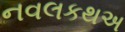
નવલકથઅ